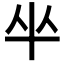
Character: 𠦏